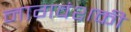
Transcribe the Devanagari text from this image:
नागवंशकी